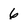
Character: 6